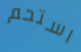
استحم